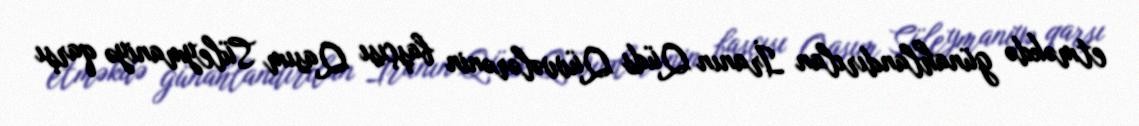
etməkdə günahlandırılan İranın Qüds Qüvvələrənin başçısı Qasım Süleymaniyə qarşı